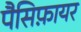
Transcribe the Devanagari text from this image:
पैसिफ़ायर